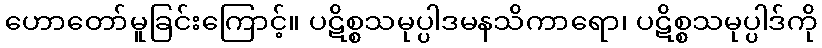
ဟောတော်မူခြင်းကြောင့်။ ပဋိစ္စသမုပ္ပါဒမနသိကာရော၊ ပဋိစ္စသမုပ္ပါဒ်ကို